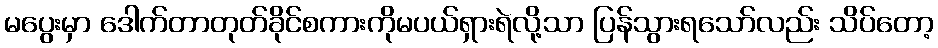
မပွေးမှာ ဒေါက်တာတုတ်ခိုင်စကားကိုမပယ်ရှားရဲလို့သာ ပြန်သွားရသော်လည်း သိပ်တော့